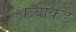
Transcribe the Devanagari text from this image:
अत्र्यांकडे